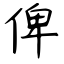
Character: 俾